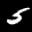
Label: 5